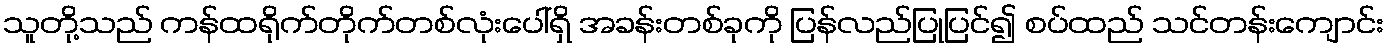
သူတို့သည် ကန်ထရိုက်တိုက်တစ်လုံးပေါ်ရှိ အခန်းတစ်ခုကို ပြန်လည်ပြုပြင်၍ စပ်ထည် သင်တန်းကျောင်း